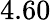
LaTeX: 4.60